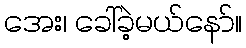
အေး၊ ခေါ်ခဲ့မယ်နော်။